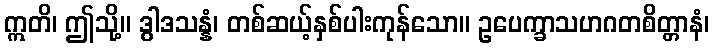
ဣတိ၊ ဤသို့။ ဒွါဒသန္နံ၊ တစ်ဆယ့်နှစ်ပါးကုန်သော။ ဥပေက္ခာသဟဂတစိတ္တာနံ၊